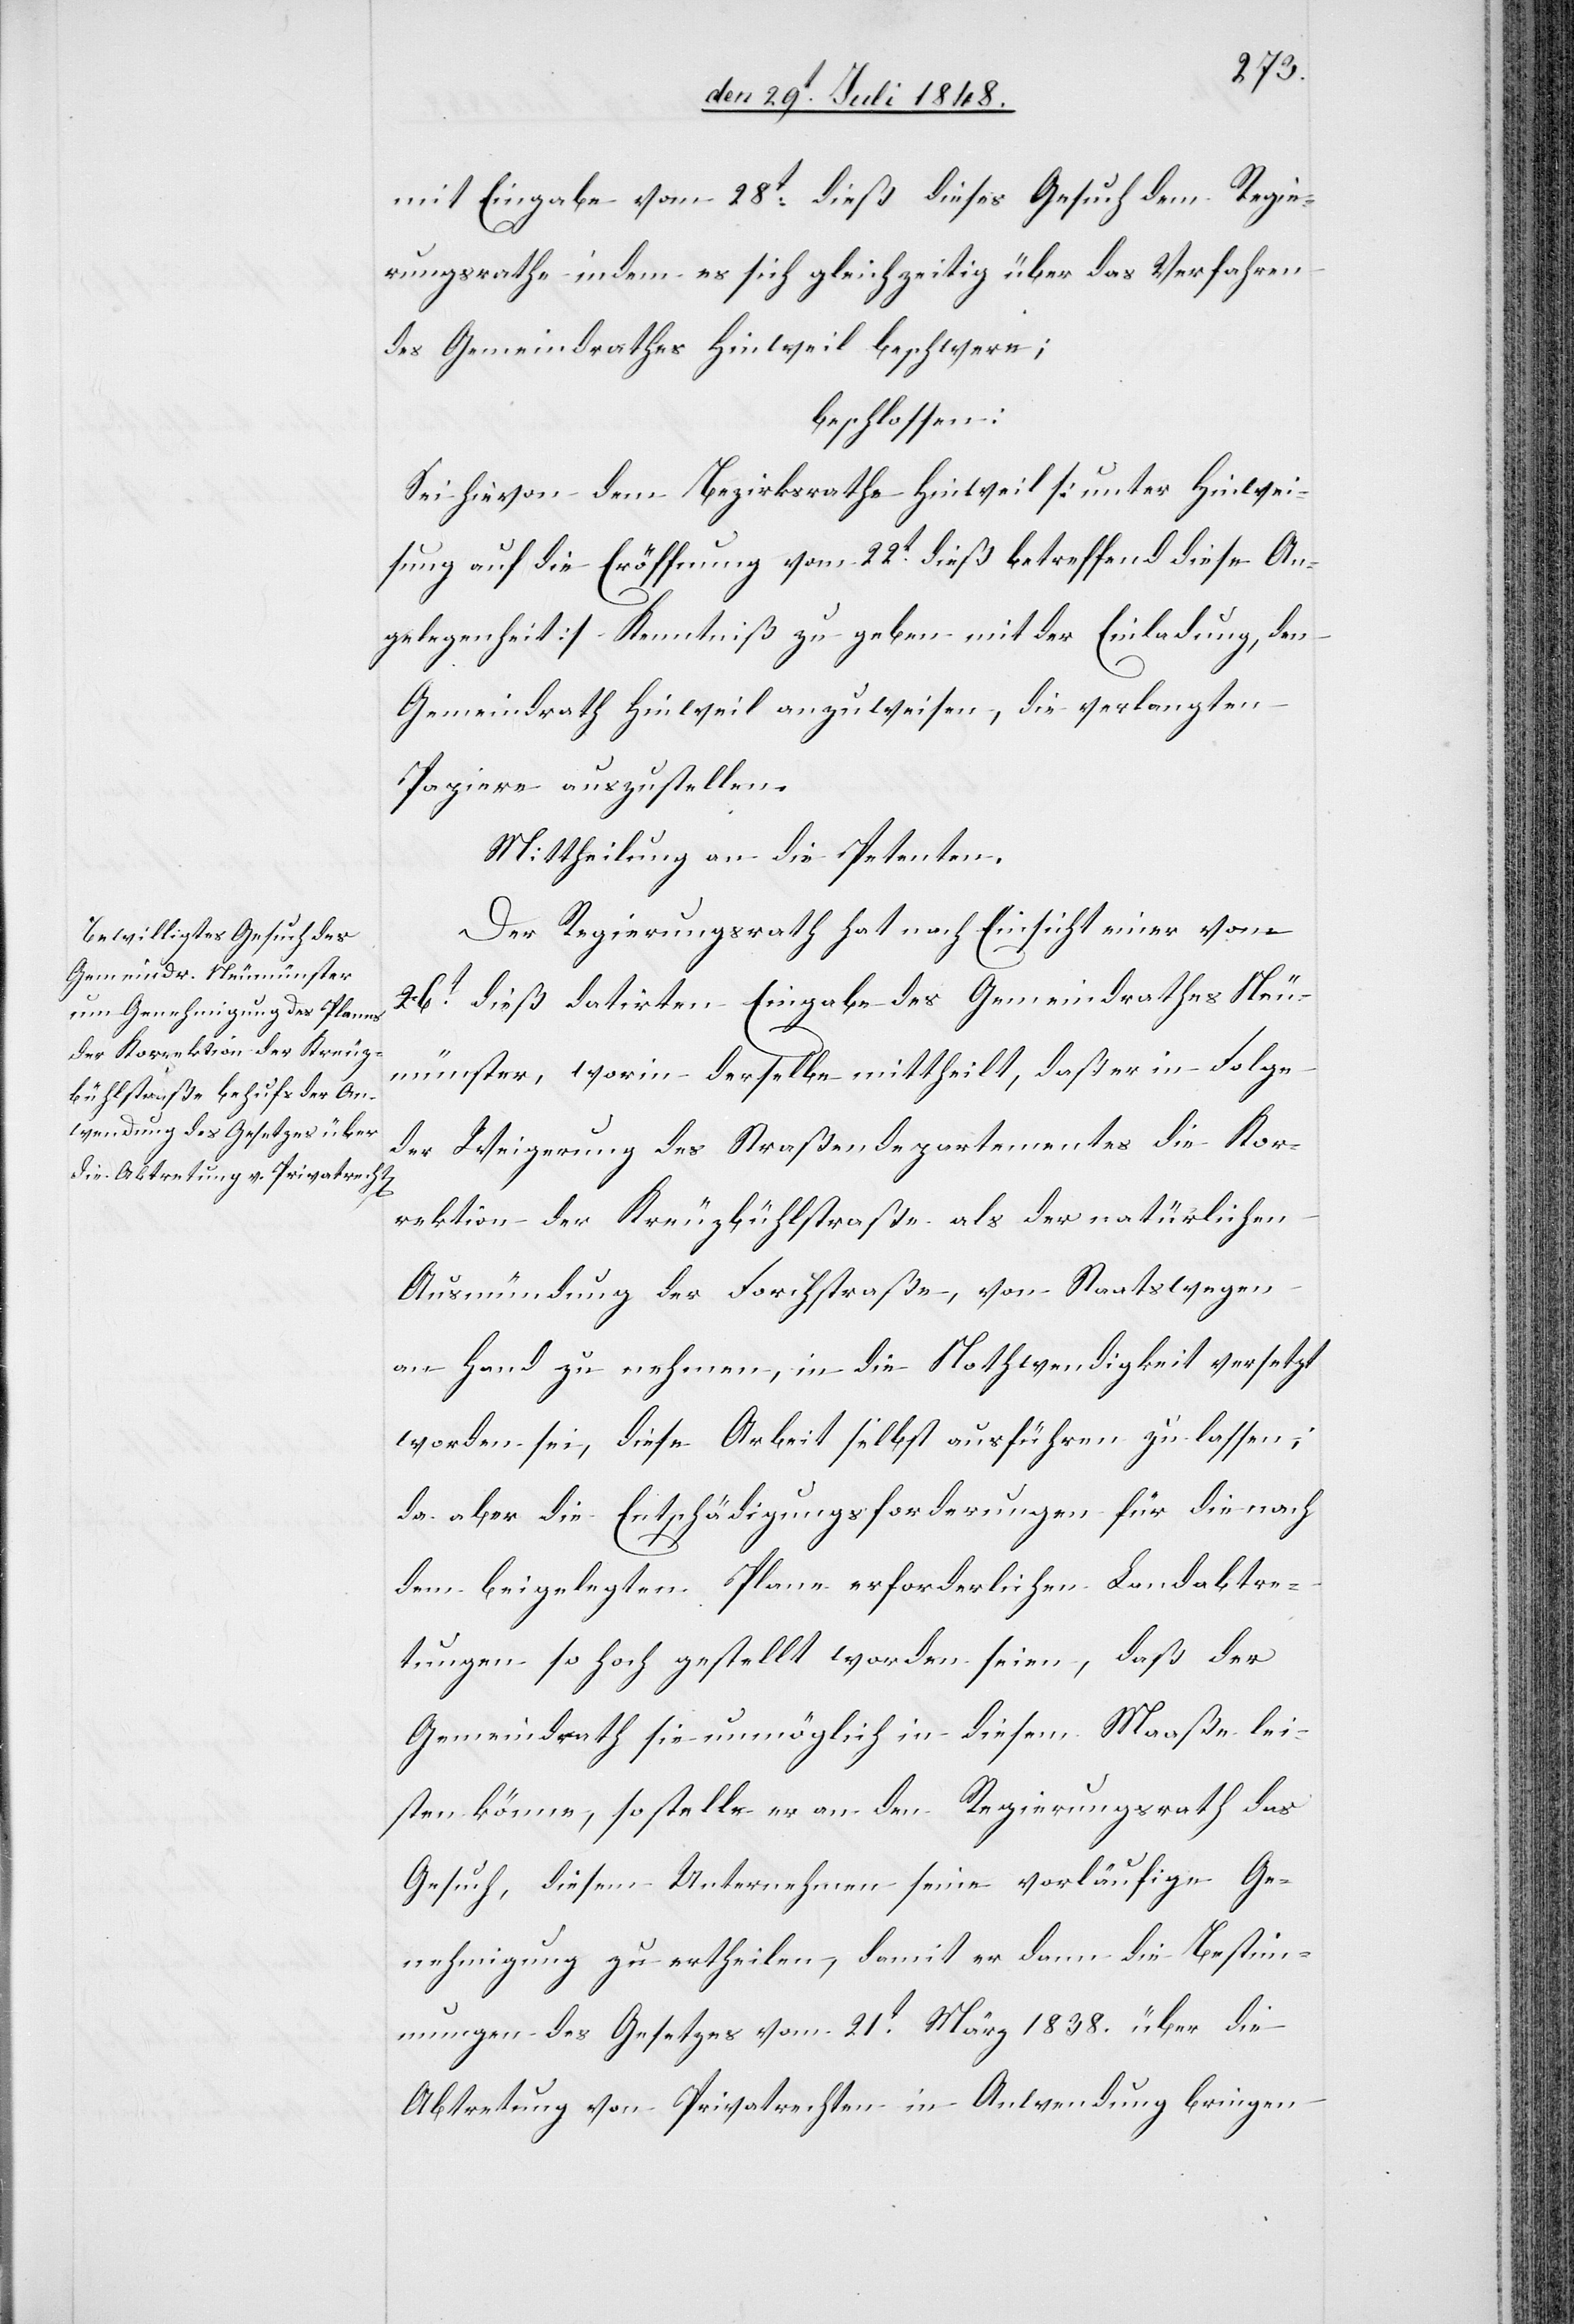
mit Eingabe vom 28t dieß dieses Gesuch dem Regie¬
rungsrathe indem es sich gleichzeitig über das Verfahren
des Gemeindrathes Hinweil beschwere;
beschlossen:
Sei hievon dem Bezirksrathe Hinweil [unter Hinwei¬
sung auf die Eröffnung vom 22t dieß betreffend diese An¬
gelegenheit] Kenntniß zu geben mit der Einladung, den
Gemeindrath Hinweil anzuweisen, die verlangten
Papiere auszustellen.
Mittheilung an die Petenten.
Der Regierungsrath hat nach Einsicht einer vom
26t dieß datirten Eingabe des Gemeindrathes Neu¬
münster, worin derselbe mittheilt, daß er in Folge
der Weigerung des Straßendepartementes die Kor¬
rektion der Kreuzbühlstraße, von Staatswegen
an Hand zu nehmen, in die Nothwendigkeit versetzt
worden sei, diese Arbeit selbst ausführen zu lassen;
da aber die Entschädigungsforderungen für die nach
dem beigelegten Plane erforderlichen Landabtre¬
tungen so hoch gestellt worden seien, daß der
Gemeindrath sie unmöglich in diesem Maaße lei¬
sten könne, so stelle er an den Regierungsrath das
Gesuch, diesem Unternehmen seine vorläufige Ge¬
nehmigung zu ertheilen, damit er dann die Bestim¬
mungen des Gesetzes vom 21t März 1838. über die
Abtretung von Privatrechten in Anwendung bringen